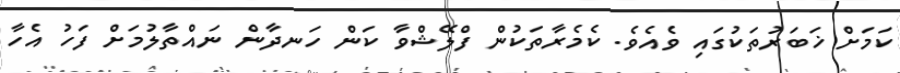
ކަމަށް ޚަބަރުތަކުގައި ވެއެވެ. ކެމެރާތަކުން ފްލޭޝްވާ ކަން ހަނދާން ނައްތާލުމަށް ފަހު އެހާ